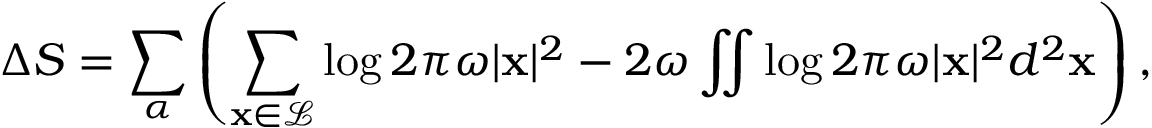
\Delta S = \sum _ { \alpha } \left( \sum _ { \mathbf x \in \mathscr L } \log 2 \pi \omega | \mathbf x | ^ { 2 } - 2 \omega \iint \log 2 \pi \omega | \mathbf x | ^ { 2 } d ^ { 2 } \mathbf x \right) ,